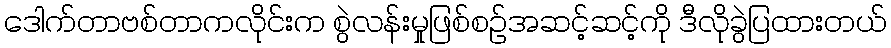
ဒေါက်တာဗစ်တာကလိုင်းက စွဲလန်းမှုဖြစ်စဉ်အဆင့်ဆင့်ကို ဒီလိုခွဲပြထားတယ်